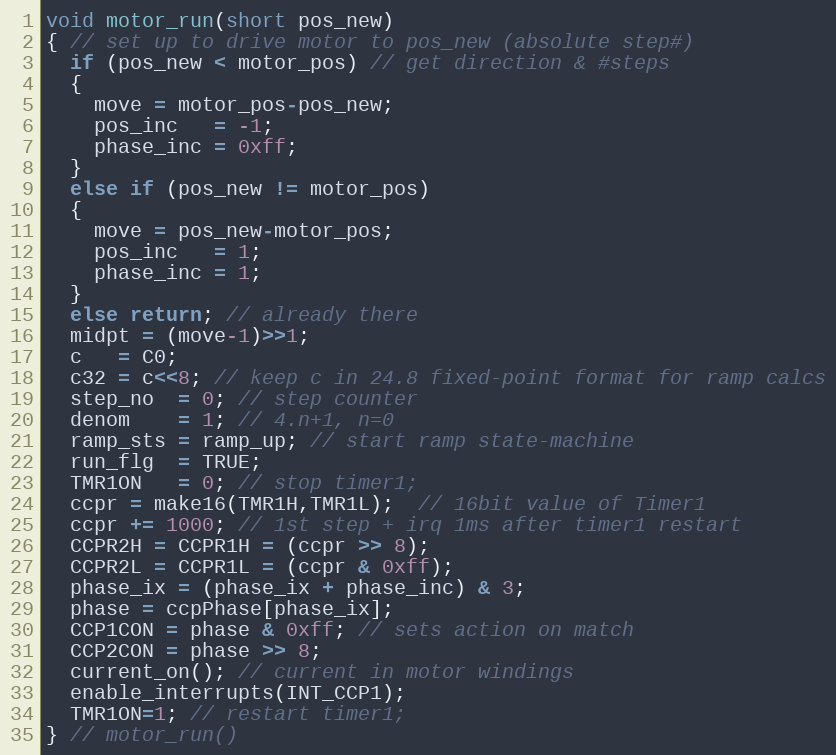
Language: C
void motor_run(short pos_new)
{ // set up to drive motor to pos_new (absolute step#)
  if (pos_new < motor_pos) // get direction & #steps
  {
    move = motor_pos-pos_new;
    pos_inc   = -1;
    phase_inc = 0xff;
  }
  else if (pos_new != motor_pos)
  {
    move = pos_new-motor_pos;
    pos_inc   = 1;
    phase_inc = 1;
  }
  else return; // already there
  midpt = (move-1)>>1;
  c   = C0;
  c32 = c<<8; // keep c in 24.8 fixed-point format for ramp calcs
  step_no  = 0; // step counter
  denom    = 1; // 4.n+1, n=0
  ramp_sts = ramp_up; // start ramp state-machine
  run_flg  = TRUE;
  TMR1ON   = 0; // stop timer1;
  ccpr = make16(TMR1H,TMR1L);  // 16bit value of Timer1
  ccpr += 1000; // 1st step + irq 1ms after timer1 restart
  CCPR2H = CCPR1H = (ccpr >> 8);
  CCPR2L = CCPR1L = (ccpr & 0xff);
  phase_ix = (phase_ix + phase_inc) & 3;
  phase = ccpPhase[phase_ix];
  CCP1CON = phase & 0xff; // sets action on match
  CCP2CON = phase >> 8;
  current_on(); // current in motor windings
  enable_interrupts(INT_CCP1);
  TMR1ON=1; // restart timer1;
} // motor_run()